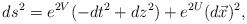
LaTeX: \begin{align*}ds^{2}=e^{2V}(-dt^{2}+dz^{2})+e^{2U}(d\vec{x})^{2}, \end{align*}